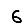
Digit: 6